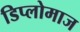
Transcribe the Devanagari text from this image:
डिप्लोमाज